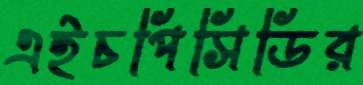
এইচপিসিডির